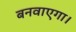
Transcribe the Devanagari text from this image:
बनवाएगा।